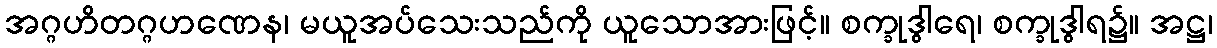
အဂ္ဂဟိတဂ္ဂဟဏေန၊ မယူအပ်သေးသည်ကို ယူသောအားဖြင့်။ စက္ခုဒွါရေ၊ စက္ခုဒွါရ၌။ အဋ္ဌ၊